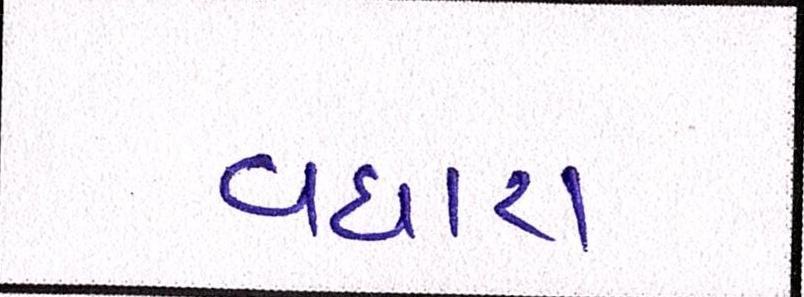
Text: વધારા